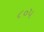
૮૦૫